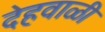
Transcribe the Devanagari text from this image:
देहवाळी